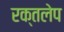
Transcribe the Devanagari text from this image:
रक्तलेप